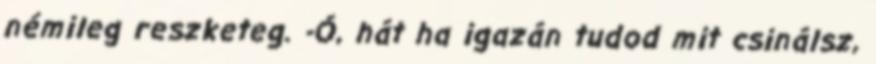
némileg reszketeg. -Ó, hát ha igazán tudod mit csinálsz,